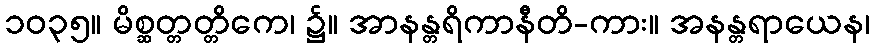
၁၀၃၅။ မိစ္ဆတ္တတ္တိကေ၊ ၌။ အာနန္တရိကာနီတိ-ကား။ အနန္တရာယေန၊